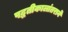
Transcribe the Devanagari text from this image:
पद्धतीकालांतराने